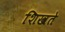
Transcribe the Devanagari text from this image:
शिखते